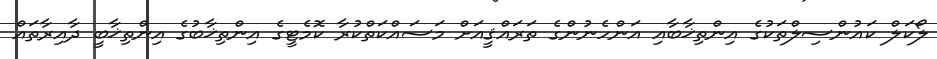
ލޯކަލް ކައުންސިލްތަކުގެ އިންތިޚާބާއި އަންހެނުންގެ ތަރައްޤީއަށް މަސައްކަތްކުރާ ކޮމެޓީގެ އިންތިޚާބުގެ އިންތިޚާބީ ދާއިރާތައް